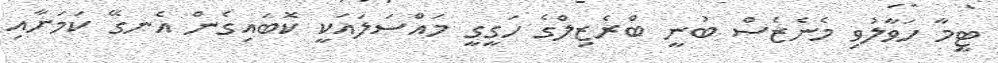
ޓީމާ ހަވާލުވި މެނެޒެސް ބުނީ ބްރެޒިލްގެ ހަގީގީ މައްސަލައަކީ ކޮބައިގެން އެނގޭ ކަމަށާއި